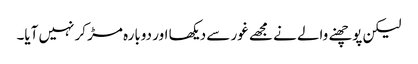
لیکن پوچھنے والے نے مجھے غور سے دیکھا اور دوبارہ مڑ کر نہیں آیا۔